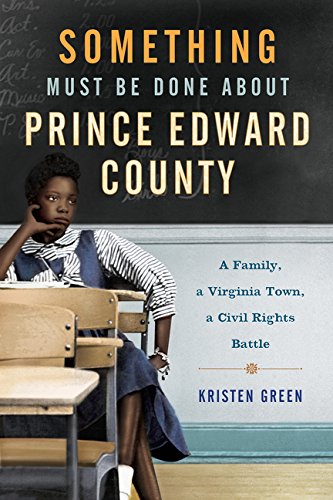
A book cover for Something Must Be Done About Prince Edward County: A Family, a Virginia Town, a Civil Rights Battle; Kristen Green; History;